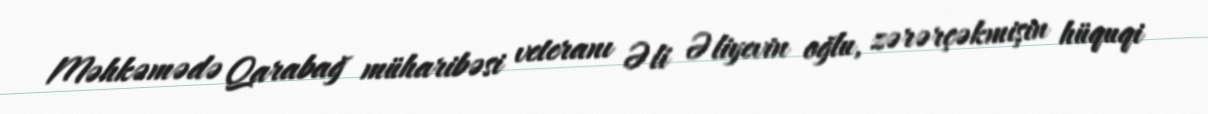
Məhkəmədə Qarabağ müharibəsi veteranı Əli Əliyevin oğlu, zərərçəkmişin hüquqi